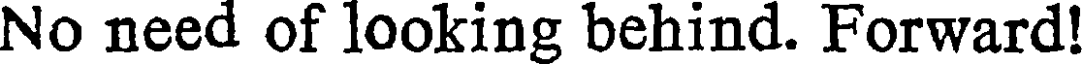
No need of looking behind. Forward!